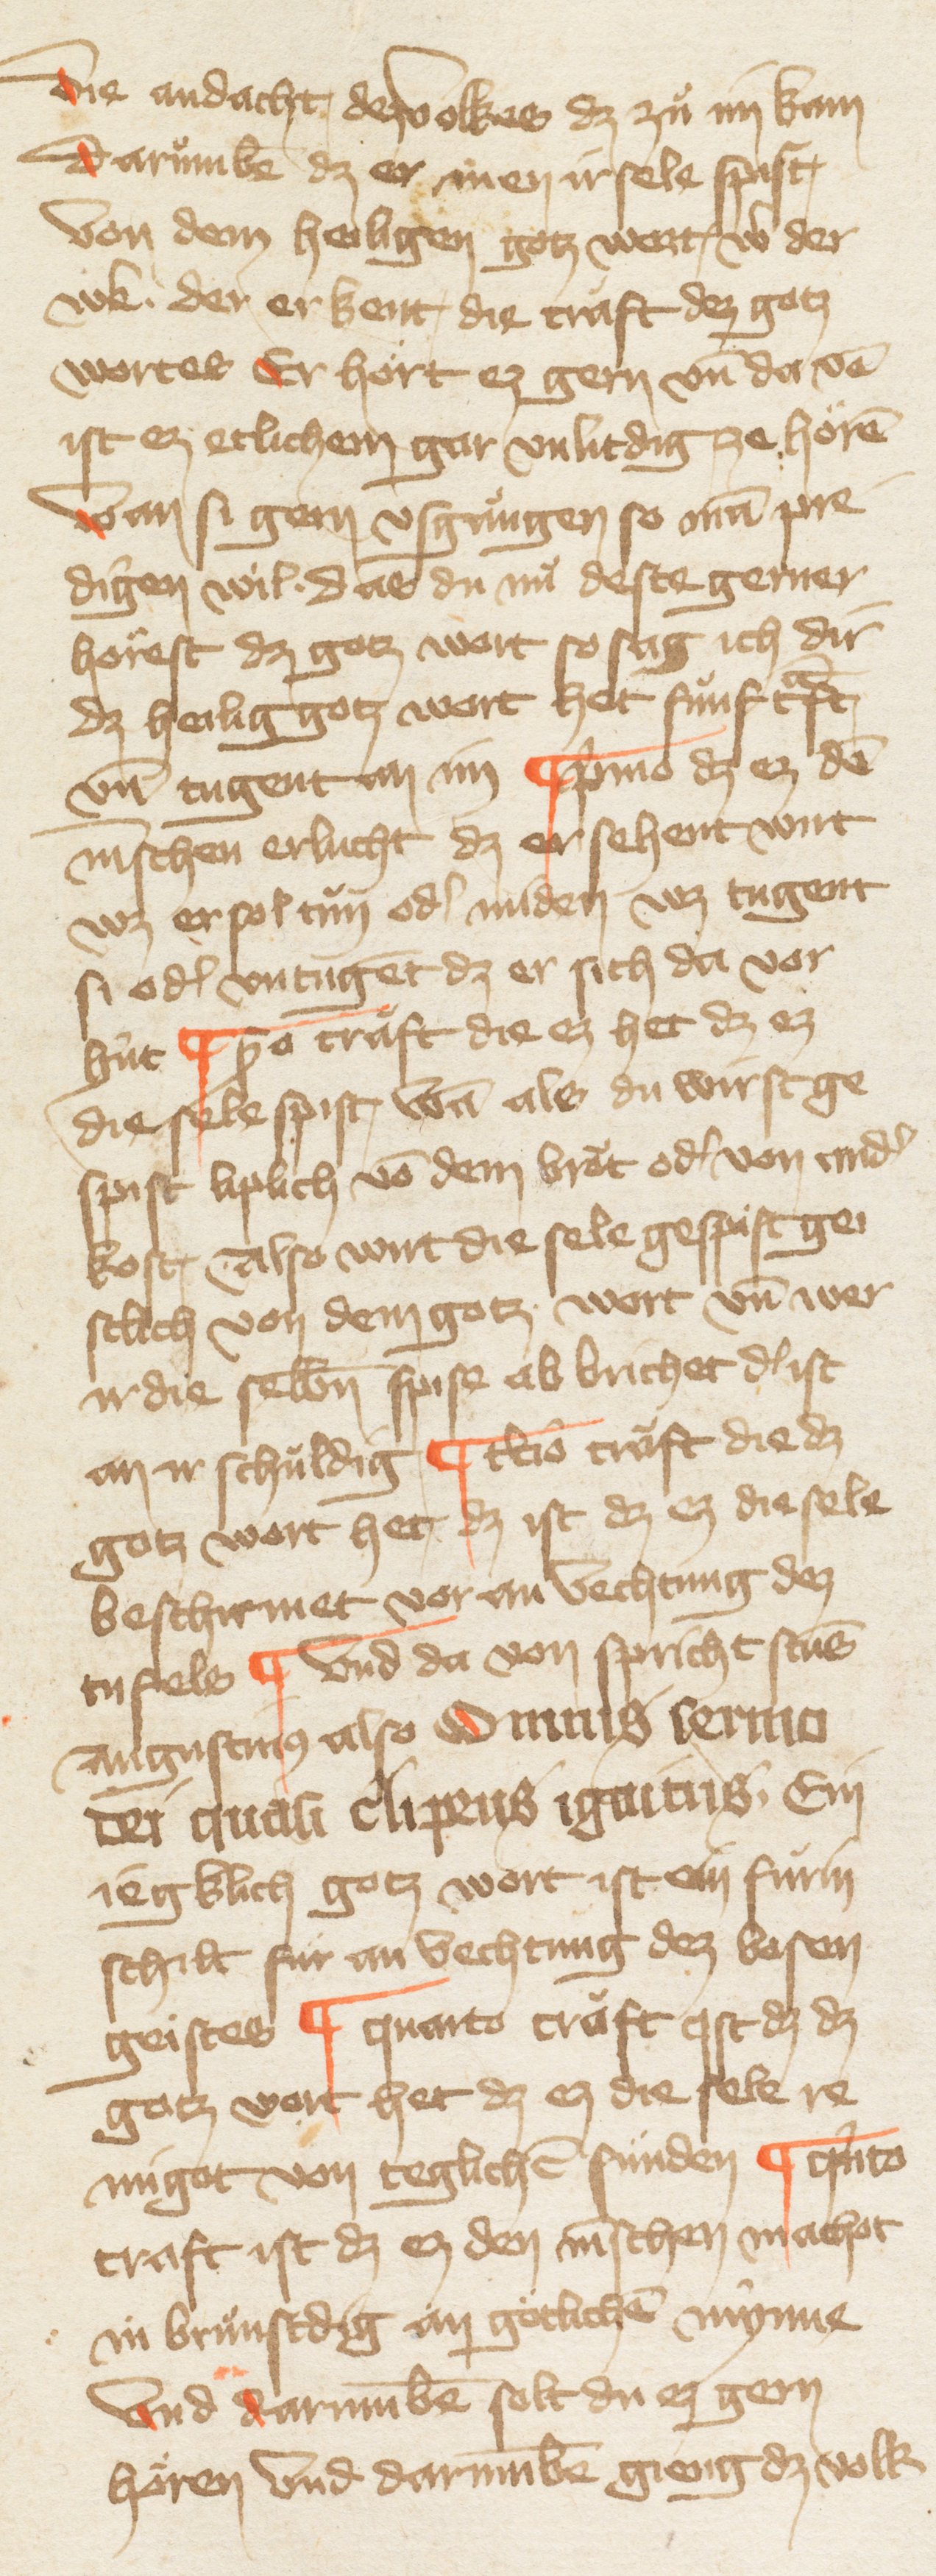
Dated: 1385–1415